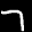
Label: 7